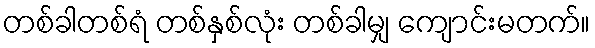
တစ်ခါတစ်ရံ တစ်နှစ်လုံး တစ်ခါမျှ ကျောင်းမတက်။